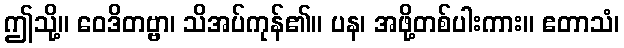
ဤသို့။ ဝေဒိတဗ္ဗာ၊ သိအပ်ကုန်၏။ ပန၊ အဖို့တစ်ပါးကား။ ဧတာသံ၊